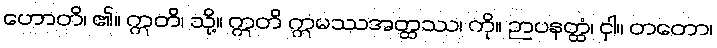
ဟောတိ၊ ၏။ ဣတိ၊ သို့။ ဣတိ ဣမဿအတ္ထဿ၊ ကို။ ဉာပနတ္ထံ၊ ငှါ။ တတော၊